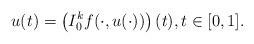
LaTeX: \begin{align*}u(t)=\left(I_0^k f(\cdot,u(\cdot))\right)(t),t\in [0,1].\end{align*}